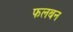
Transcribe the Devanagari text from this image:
फलबन